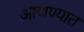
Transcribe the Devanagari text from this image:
आणण्यात